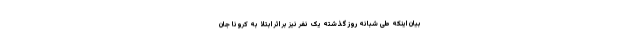
بیان اینکه طی شبانه روز گذشته یک نفر نیز بر اثر ابتلا به کرونا جان